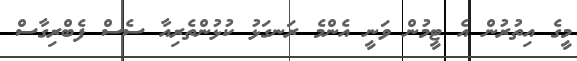
މީގެ އިތުރުން އެ ޓީމުން ވަނީ އެންމެ ރަނގަޅު ކުޅުންތެރިއާ ސެސް ފެބްރިގާސް